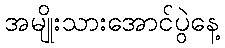
အမျိုးသားအောင်ပွဲနေ့